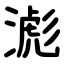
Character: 滮